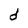
Character: d